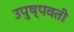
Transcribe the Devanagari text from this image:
उपुष्पवती